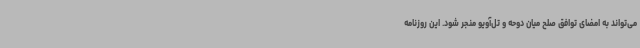
می‌تواند به امضای توافق صلح میان دوحه و تل‌آویو منجر شود. این روزنامه